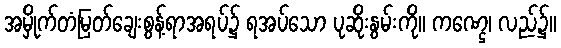
အမှိုက်တံမြတ်ချေးစွန့်ရာအရပ်၌ ရအပ်သော ပုဆိုးနွမ်းကို။ ကဏ္ဌေ၊ လည်၌။